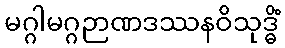
မဂ္ဂါမဂ္ဂဉာဏဒဿနဝိသုဒ္ဓိံ